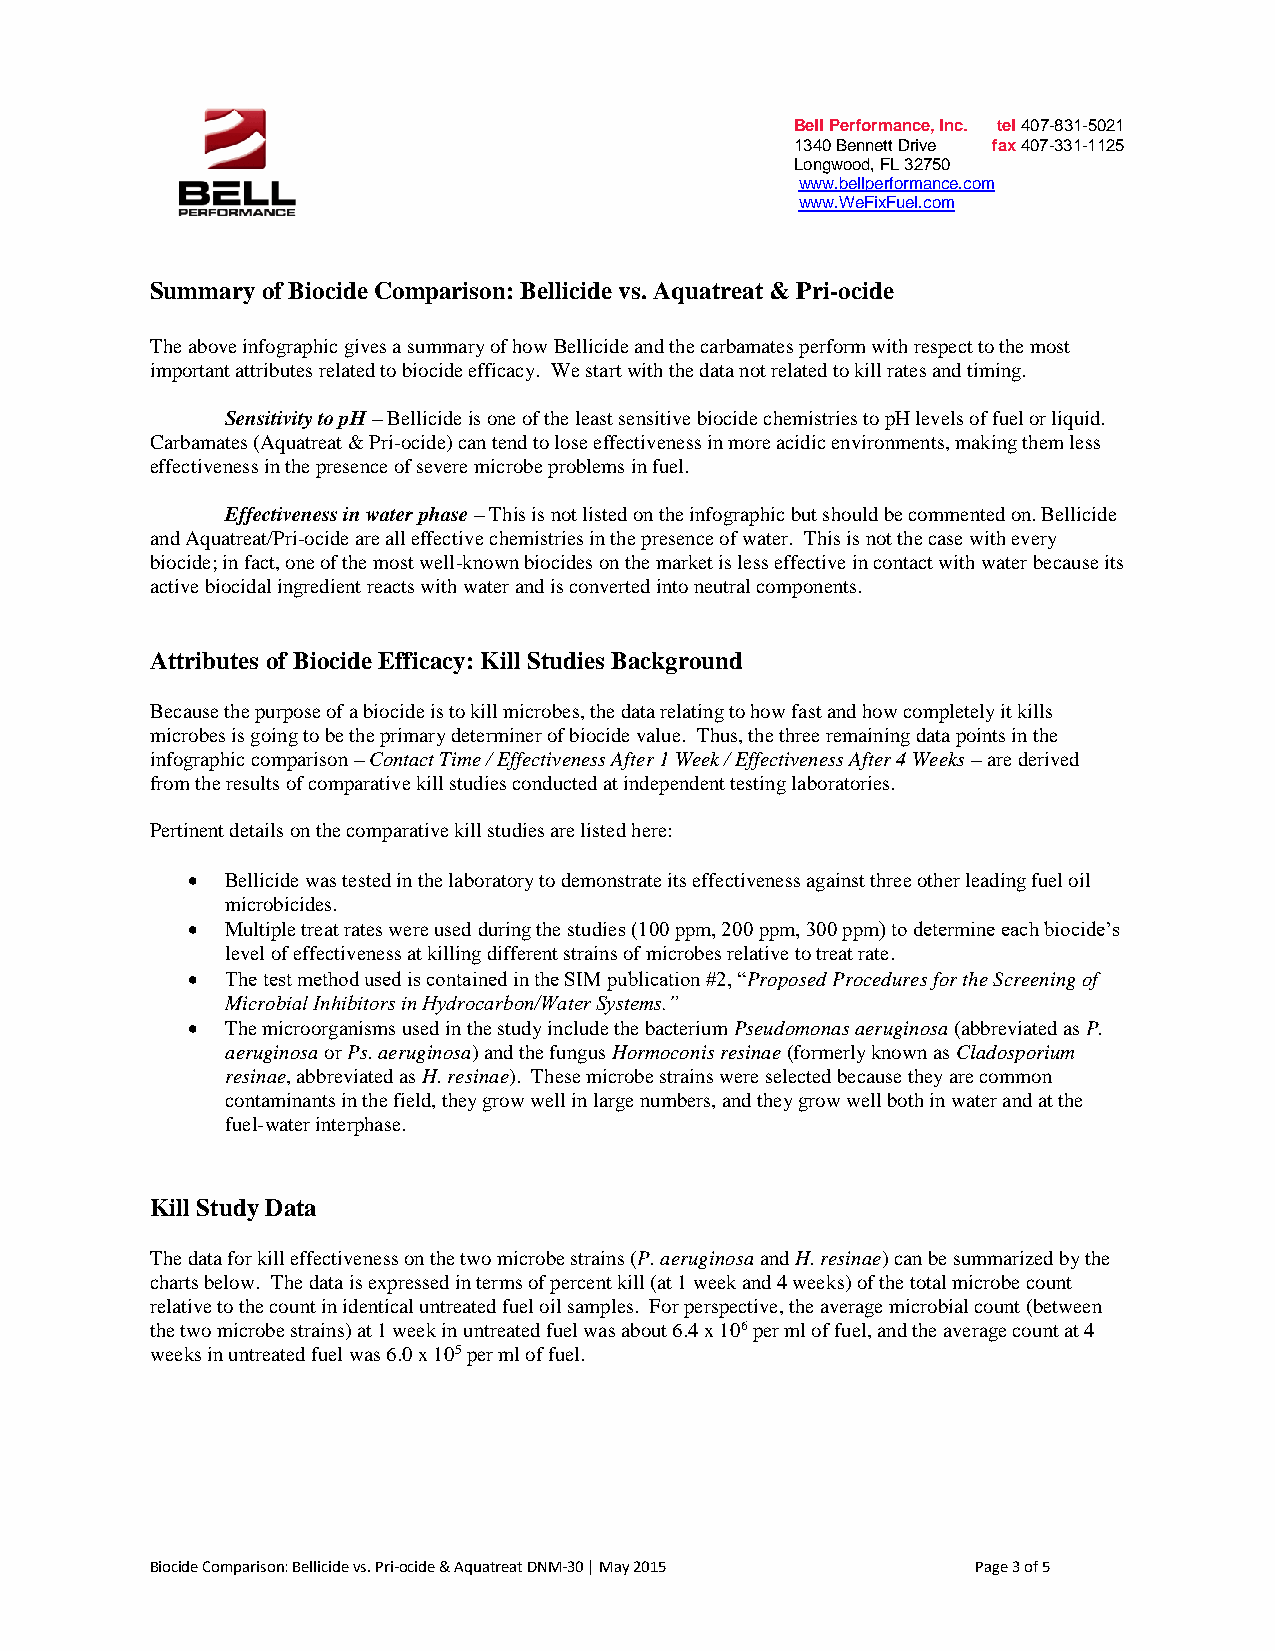
Bell Performance, Inc. tel 407-831-5021
 1340 Bennett Drive fax 407-331-1125
 Longwood, FL 32750
 www.bellperformance.com
 www.WeFixFuel.com
 Summary of Biocide Comparison: Bellicide vs. Aquatreat & Pri-ocide
 The above infographic gives a summary of how Bellicide and the carbamates perform with respect to the most
 important attributes related to biocide efficacy. We start with the data not related to kill rates and timing.
 Sensitivity to pH – Bellicide is one of the least sensitive biocide chemistries to pH levels of fuel or liquid.
 Carbamates (Aquatreat & Pri-ocide) can tend to lose effectiveness in more acidic environments, making them less
 effectiveness in the presence of severe microbe problems in fuel.
 Effectiveness in water phase – This is not listed on the infographic but should be commented on. Bellicide
 and Aquatreat/Pri-ocide are all effective chemistries in the presence of water. This is not the case with every
 biocide; in fact, one of the most well-known biocides on the market is less effective in contact with water because its
 active biocidal ingredient reacts with water and is converted into neutral components.
 Attributes of Biocide Efficacy: Kill Studies Background
 Because the purpose of a biocide is to kill microbes, the data relating to how fast and how completely it kills
 microbes is going to be the primary determiner of biocide value. Thus, the three remaining data points in the
 infographic comparison – Contact Time / Effectiveness After 1 Week / Effectiveness After 4 Weeks – are derived
 from the results of comparative kill studies conducted at independent testing laboratories.
 Pertinent details on the comparative kill studies are listed here:
 •  Bellicide was tested in the laboratory to demonstrate its effectiveness against three other leading fuel oil
 microbicides.
 •  Multiple treat rates were used during the studies (100 ppm, 200 ppm, 300 ppm) to determine each biocide’s
 level of effectiveness at killing different strains of microbes relative to treat rate.
 •  The test method used is contained in the SIM publication #2, “Proposed Procedures for the Screening of
 Microbial Inhibitors in Hydrocarbon/Water Systems.”
 •  The microorganisms used in the study include the bacterium Pseudomonas aeruginosa (abbreviated as P.
 aeruginosa or Ps. aeruginosa) and the fungus Hormoconis resinae (formerly known as Cladosporium
 resinae, abbreviated as H. resinae). These microbe strains were selected because they are common
 contaminants in the field, they grow well in large numbers, and they grow well both in water and at the
 fuel-water interphase.
 Kill Study Data
 The data for kill effectiveness on the two microbe strains (P. aeruginosa and H. resinae) can be summarized by the
 charts below. The data is expressed in terms of percent kill (at 1 week and 4 weeks) of the total microbe count
 relative to the count in identical untreated fuel oil samples. For perspective, the average microbial count (between
 the two microbe strains) at 1 week in untreated fuel was about 6.4 x 106 per ml of fuel, and the average count at 4
 weeks in untreated fuel was 6.0 x 105 per ml of fuel.
 Biocide Comparison: Bellicide vs. Pri-ocide & Aquatreat DNM-30 | May 2015 Page 3 of 5